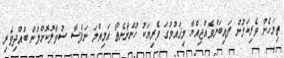
ތިޔަހެން ވެރިކަމުން ފައިބަންވެއްޖިއްޔާ މިޤައުމުގަ ވެރިޔަކު ހުންނާނެތޯ އަމިއްލަ ނަފްސާ ސުވާލުކޮށްލުން ބުއްދިވެރި.